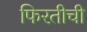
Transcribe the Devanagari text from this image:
फिरतीची